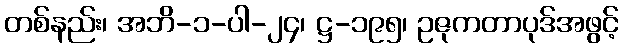
တစ်နည်း၊ အဘိ-၁-ပါ-၂၄၊ ဋ္ဌ-၁၉၅၊ ဥဇုကတာပုဒ်အဖွင့်